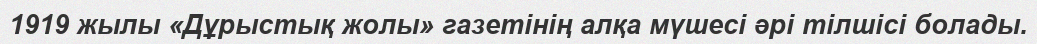
1919 жылы «Дұрыстық жолы» газетінің алқа мүшесі әрі тілшісі болады.